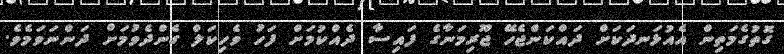
ގޮތުގެމަތިން އެއުޅަނދަކަށް ދައްކަންޖެހޭ ޖޫރިމަނާގެ ފައިސާ ދެއްކުމަށް ފަހު ވެހިކަލް ގެންދެވުމަށް ދަންނަވަމެވެ.